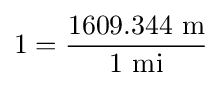
1={\frac {\mathrm {1609.344~m} }{\mathrm {1~mi} }}